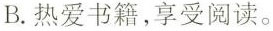
B.热爱书籍，享受阅读。